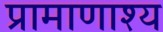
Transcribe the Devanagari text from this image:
प्रामाणाश्य